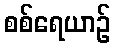
စစ်ရေယာဉ်